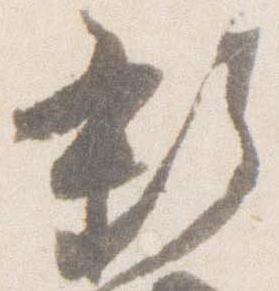
新